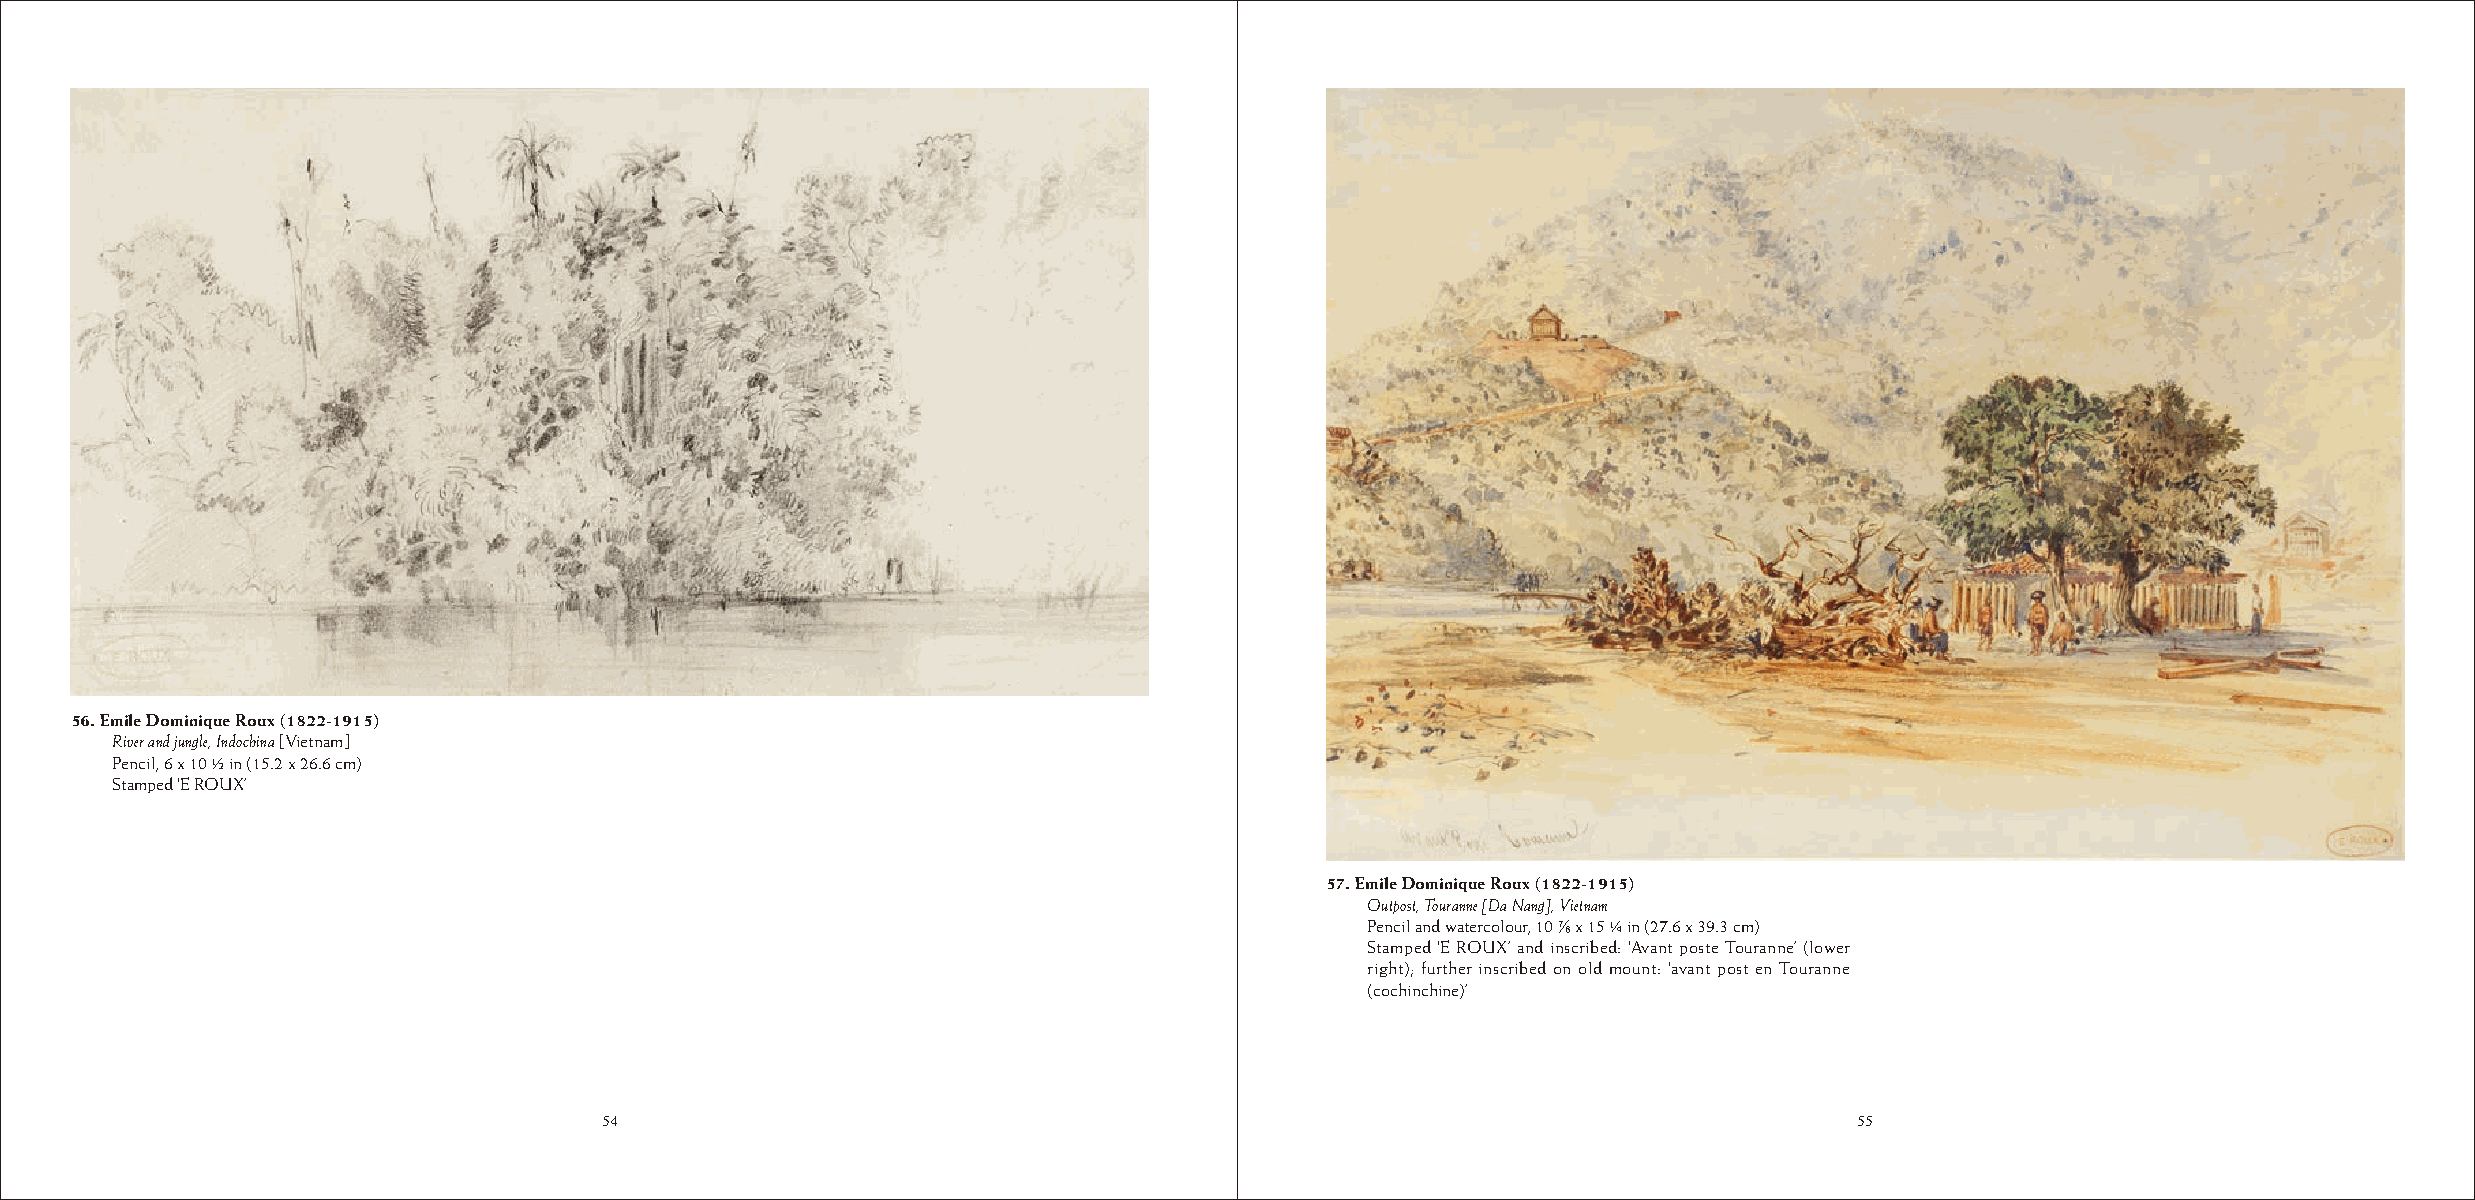
56. Emile Dominique Roux (1822-1915)
 River and jungle, Indochina [Vietnam]
 Pencil, 6 x 10 ½ in (15.2 x 26.6 cm)
 Stamped ‘E ROUX’
 57. Emile Dominique Roux (1822-1915)
 Outpost, Touranne [Da Nang], Vietnam
 Pencil and watercolour, 10 √ x 15 ¼ in (27.6 x 39.3 cm)
 Stamped ‘E ROUX’ and inscribed: ‘Avant poste Touranne’ (lower
 right); further inscribed on old mount: ‘avant post en Touranne
 (cochinchine)’
 54                                                                                 55
 54                                                                                 55